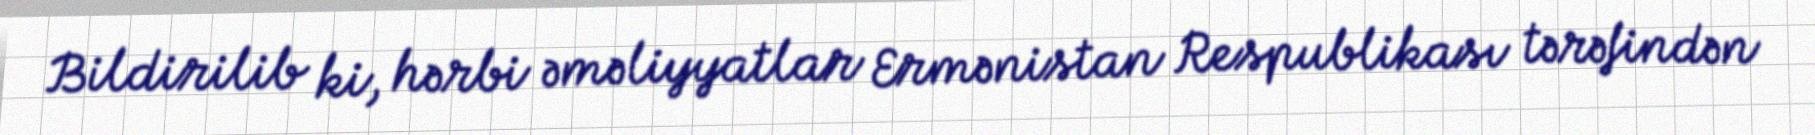
Bildirilib ki, hərbi əməliyyatlar Ermənistan Respublikası tərəfindən